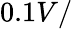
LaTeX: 0.1V/